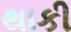
થાકી